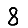
Digit: 8